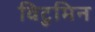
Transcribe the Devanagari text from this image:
विटुमिन